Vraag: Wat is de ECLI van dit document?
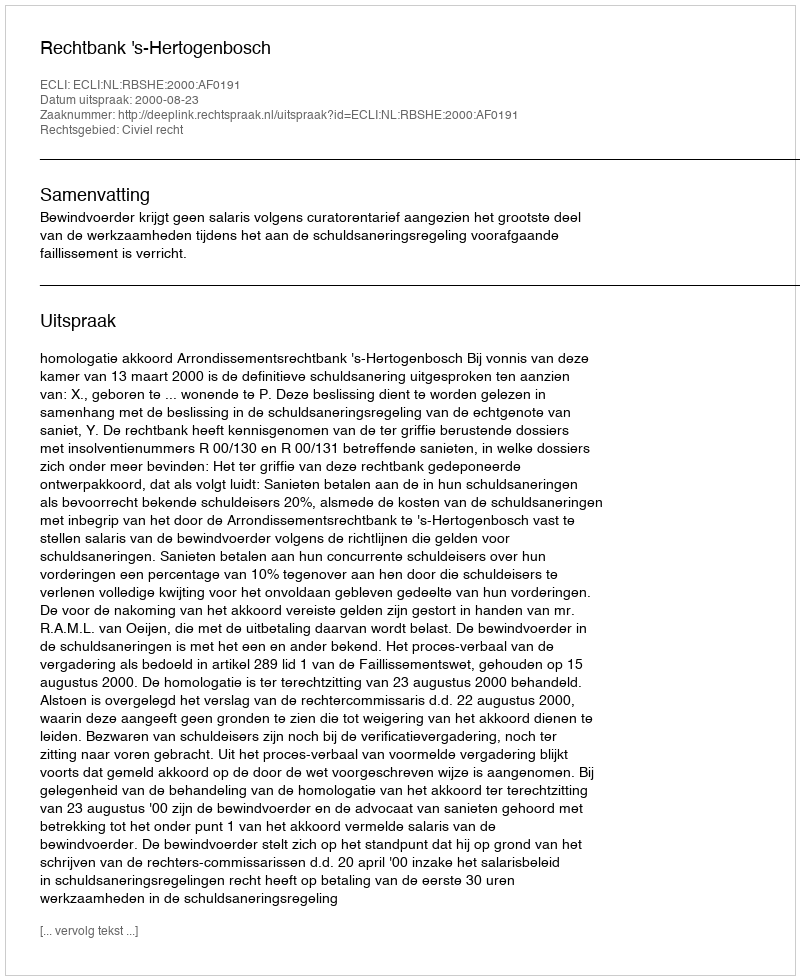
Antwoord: ECLI:NL:RBSHE:2000:AF0191